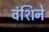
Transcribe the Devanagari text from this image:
वंशिने